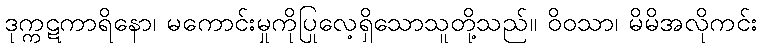
ဒုက္ကဋကာရိနော၊ မကောင်းမှုကိုပြုလေ့ရှိသောသူတို့သည်။ ဝိဝသာ၊ မိမိအလိုကင်း